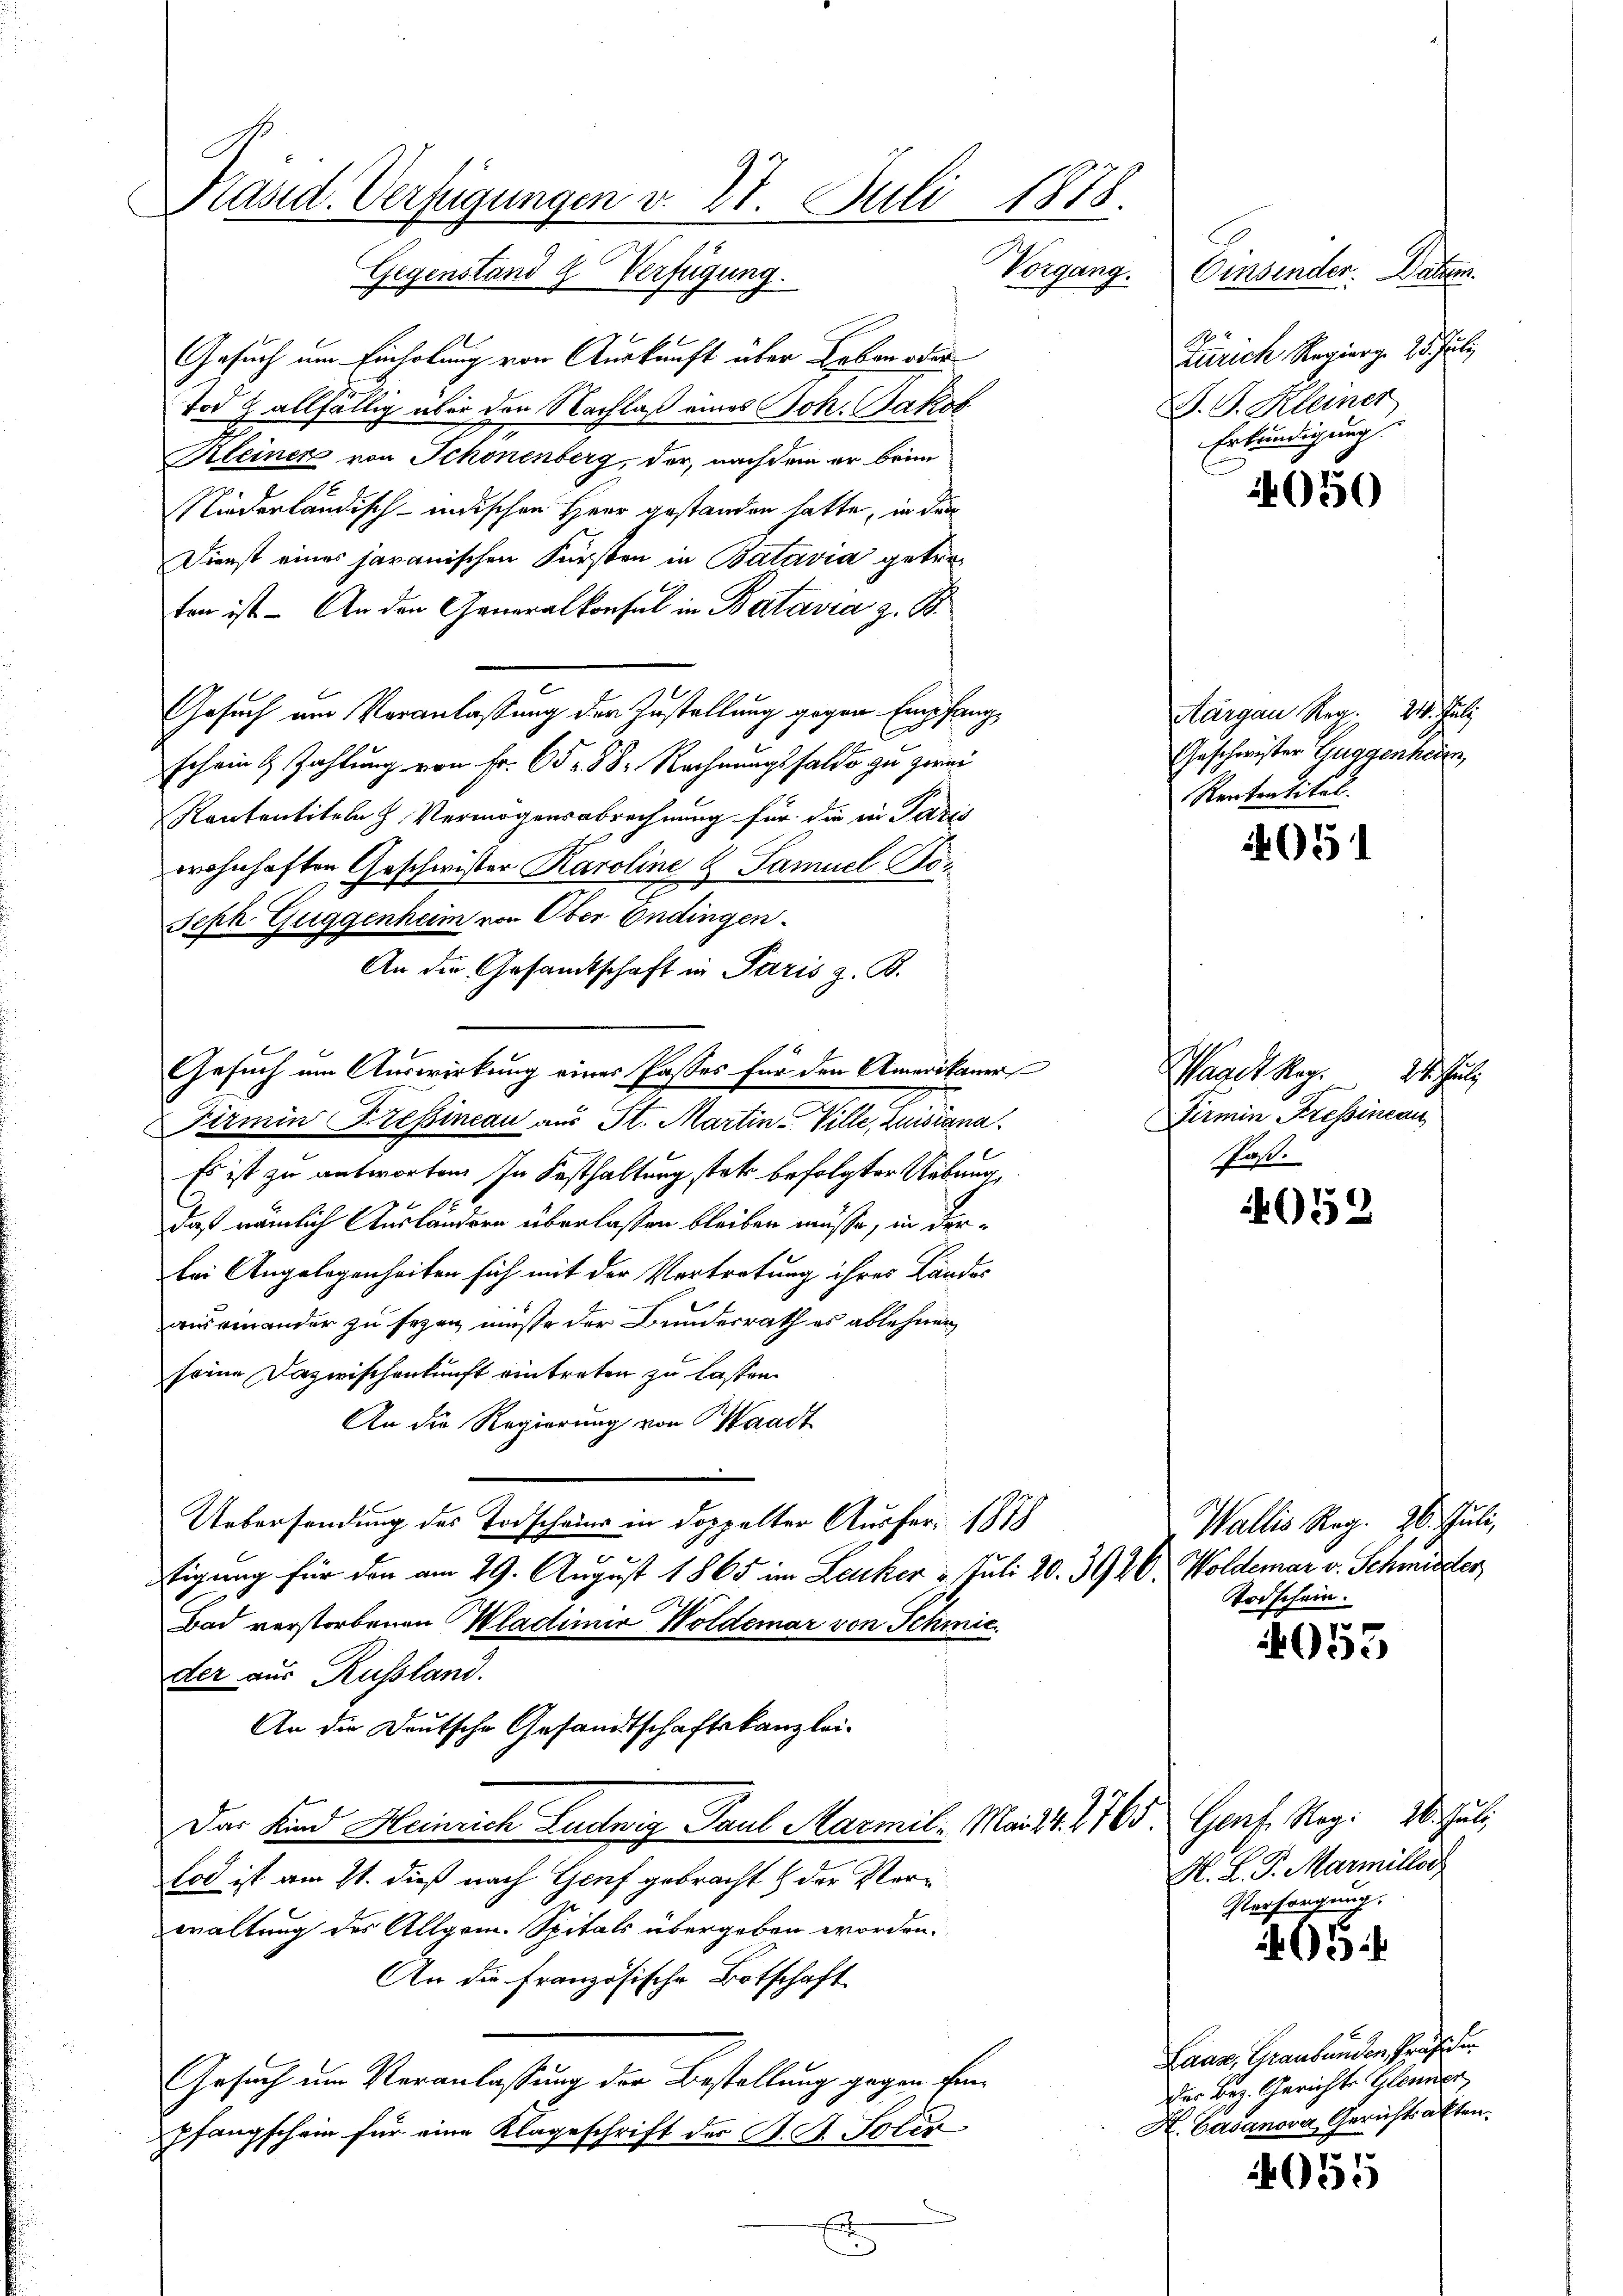
1878.
Käsid. Verfügungen v. 27. Juli
Vorgang.
Verfügung.
Tegenstand

Gesuch um Einholung von Auskunft über Leben oder
Tod & allfällig über den Nachlaß eines Joh. Jakob
Kleiner von Schönenberg, der, nachdem er brin
Niederländisch-indischen Herr gestanden hatte, in den
Dienst eines japanischen Fürsten in Batavia getreten ist - An den Generalkonsul in Batavia z. B.
Gesuch am Veranlassung der Zustellung gegen Empfang¬
E
schein & Zahlung von Fr. 65 - 88. Rechnungssaldo zu zwei
Rententiteln h. Vermögensabrechnung für die in Paris
wohnhaften Geschwister Karoline L. Samuel Bo¬
Seph Guggenheim von Ober Endingen.
An die Gesandtschaft in Paris z. B.
Gesuch um Auswirkung eines Passes für den Amerikaner
Fermin Kressineau aus St. Martin Ville, Luigiana
Es ist zu antworten. In Festhaltung statt befolgter Uebung,
t
daß nämlich Ausländern überlassen bleiben müsse, in derbei Angelegenheiten sich mit der Vertretung ihres Landes
auseinander zu sezen müßte der Bundesrath es ablehnen
seine Dazwischenkunft eintreten zu lassen.
An die Regierung von Waadt
Uebersendung des Todscheins in doppelter Ausfer. 1878
e
tigung für den am 29. August 1865 im Leuker u Juli 20. 3926. Woldemar v. Schmidter
Bad verstorbenen Wladimie Woldemar von Schmieder aus Russland.
An die Deutsche Gesandtschaftskanzlei¬
Das Kind Heinrich Ludwig Paul Marmile Mai. 1. 1765. Genf Nag: 20. Juli
tod ist am 11. dieß nach Genf gebracht & der Verwaltung des Allgem. Spitals übergeben worden.
An die französische Botschaft
Gesuch um Veranlassung der Bestellung gegen finpfangschein für eine Klageschrift des K. A. Soliv

.

Einsender. Daten.
Zürich Regierg. 25. Juli
J. G. Kleiner
Erkundigung.

4050

Aargau Reg. 218. Juli
Geschwister Guggenhei
Rententikel.

051

Waadt Reg. 24. Juli
Fermin Fressinean
Paß.

4052

Wallis Reg. 26. Juli,
Todschein.

053

H. L. P. Marillos
Versorgung.

5

Lang, Graubünden Gerechen
des Bez. Gerichte Glenner
H. Casanova Gerichtsakten.

055